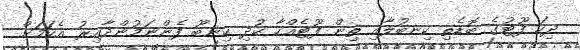
ދިހަ ފޫޓުގެ ބޮޑެތި ކިނބުލާއި ތިން ފޫޓެއްހާ ކުދި ކިނބޫ ފެންނަމުންދާއިރު އެކަމަށް